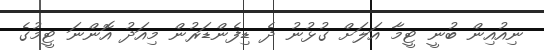
ނިއުއިން ބުނީ ޓީމާ އަލަށް ގުޅުނު ދެ ޑިފެންޑަރުން މިއަދު އޮންނަ ޓީމުގެ